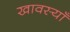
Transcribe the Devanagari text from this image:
खावस्याँ